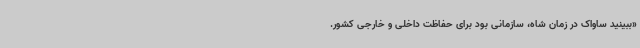
«ببینید ساواک در زمان شاه، سازمانی بود برای حفاظت داخلی و خارجی کشور.